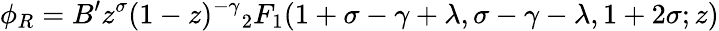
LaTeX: \phi_{R}=B^{\prime}z^{\sigma}(1-z)^{-\gamma}{_2F_{1}}(1+\sigma-\gamma+\lambda,\sigma-\gamma-\lambda,1+2\sigma;z)